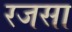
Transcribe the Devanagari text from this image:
रजसा